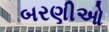
બરણીઓ